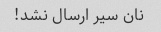
نان سیر ارسال نشد!